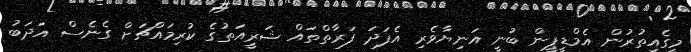
މީގެއިތުރުން އެމްޑީޕީން ބުނީ އަނިޔާވެރި އެފަދަ ފަރާތްތައް ޝަރީއަތުގެ ކުރިމައްޗަށް ގެެނެސް އަދަބު